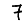
Digit: 7